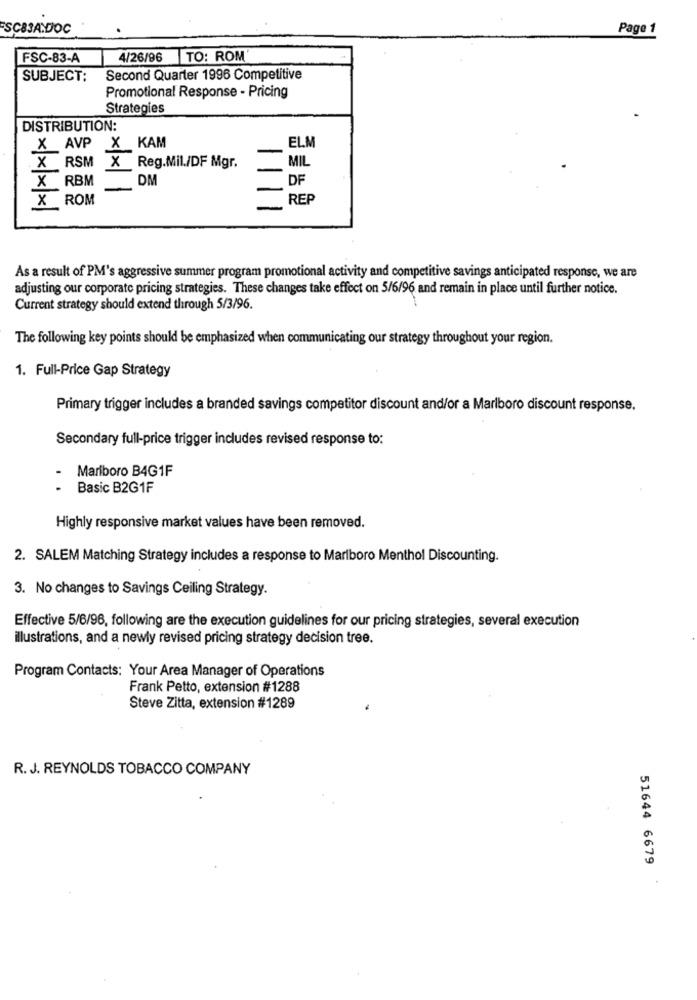
FSC83A.DOC
Page 1
FSC-83-A
4/26/96 TO: ROM
SUBJECT:
Second Quarter 1996 Competitive
Promotional Response - Pricing
Strategies
DISTRIBUTION:
X AVP X KAM
ELM
X RSM X Reg.Mil./DF Mgr.
MIL
X RBM DM
DF
X ROM
REP
As a result of PM's aggressive summer program promotional activity and competitive savings anticipated response, we are
adjusting our corporate pricing strategies. These changes take effect on 5/6/96 and remain in place until further notice.
Current strategy should extend through 5/3/96.
The following key points should be emphasized when communicating our strategy throughout your region.
1. Full-Price Gap Strategy
Primary trigger includes a branded savings competitor discount and/or a Marlboro discount response.
Secondary full-price trigger includes revised response to:
Marlboro B4G1F
Basic B2G1F
Highly responsive market values have been removed.
2. SALEM Matching Strategy includes a response to Marlboro Menthol Discounting.
3. No changes to Savings Ceiling Strategy.
Effective 5/6/96, following are the execution guidelines for our pricing strategies, several execution
illustrations, and a newly revised pricing strategy decision tree.
Program Contacts: Your Area Manager of Operations
Frank Petto, extension #1288
Steve Zitta, extension #1289
R. J. REYNOLDS TOBACCO COMPANY
51644 6679